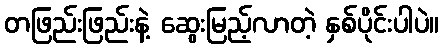
တဖြည်းဖြည်းနဲ့ ဆွေးမြည့်လာတဲ့ နှစ်ပိုင်းပါပဲ။